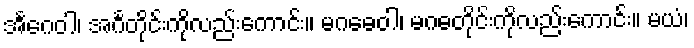
အင်္ဂေဝါ၊ အင်္ဂတိုင်းကိုလည်းကောင်း။ မဂဓေဝါ၊ မဂဓတိုင်းကိုလည်းကောင်း။ မယံ၊